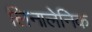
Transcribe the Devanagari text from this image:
लिनालेनिक